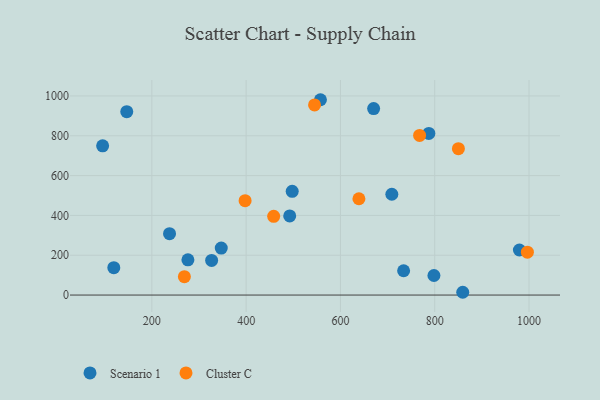
{"axis": {"x": "Speed", "y": "Fuel Efficiency"}, "legend": ["Cluster C", "Scenario 1"], "data": [{"x": "709.0", "y": 506.4, "type": "Scenario 1"}, {"x": "557.6", "y": 981.0, "type": "Scenario 1"}, {"x": "497.7", "y": 520.9, "type": "Scenario 1"}, {"x": "119.3", "y": 137.3, "type": "Scenario 1"}, {"x": "347.2", "y": 235.8, "type": "Scenario 1"}, {"x": "95.6", "y": 749.5, "type": "Scenario 1"}, {"x": "979.6", "y": 226.3, "type": "Scenario 1"}, {"x": "859.4", "y": 14.0, "type": "Scenario 1"}, {"x": "326.8", "y": 174.1, "type": "Scenario 1"}, {"x": "237.5", "y": 308.4, "type": "Scenario 1"}, {"x": "734.0", "y": 122.2, "type": "Scenario 1"}, {"x": "276.5", "y": 176.9, "type": "Scenario 1"}, {"x": "787.5", "y": 812.0, "type": "Scenario 1"}, {"x": "492.4", "y": 397.3, "type": "Scenario 1"}, {"x": "798.3", "y": 98.3, "type": "Scenario 1"}, {"x": "670.4", "y": 936.5, "type": "Scenario 1"}, {"x": "146.8", "y": 921.1, "type": "Scenario 1"}, {"x": "269.0", "y": 92.2, "type": "Cluster C"}, {"x": "850.2", "y": 735.3, "type": "Cluster C"}, {"x": "397.8", "y": 473.8, "type": "Cluster C"}, {"x": "767.9", "y": 801.7, "type": "Cluster C"}, {"x": "639.2", "y": 483.8, "type": "Cluster C"}, {"x": "458.4", "y": 395.2, "type": "Cluster C"}, {"x": "545.1", "y": 954.8, "type": "Cluster C"}, {"x": "996.5", "y": 215.3, "type": "Cluster C"}]}